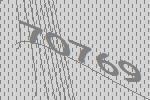
70769